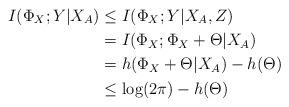
LaTeX: \begin{align*}I(\Phi_X;Y|X_A) & \leq I(\Phi_X;Y|X_A,Z) \\&= I(\Phi_X;\Phi_X+\Theta|X_A) \\&= h(\Phi_X+\Theta|X_A) - h(\Theta) \\&\leq \log(2\pi) - h(\Theta)\end{align*}